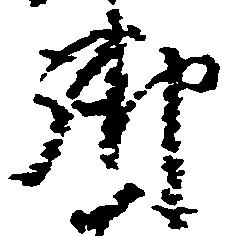
御